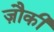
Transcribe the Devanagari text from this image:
ज़ौकी